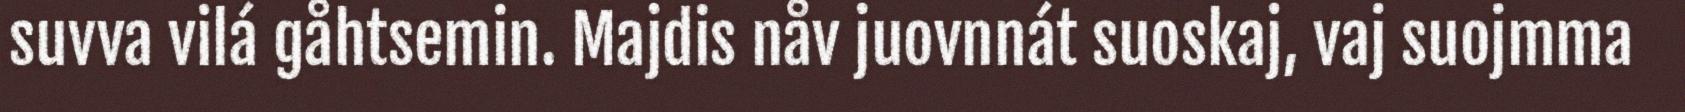
suvva vilá gåhtsemin. Majdis nåv juovnnát suoskaj, vaj suojmma